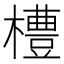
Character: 𪴊